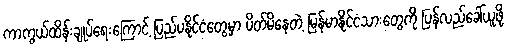
ကာကွယ်ထိန်းချုပ်ရေးကြောင့် ပြည်ပနိုင်ငံတွေမှာ ပိတ်မိနေတဲ့ မြန်မာနိုင်ငံသားတွေကို ပြန်လည်ခေါ်ယူဖို့